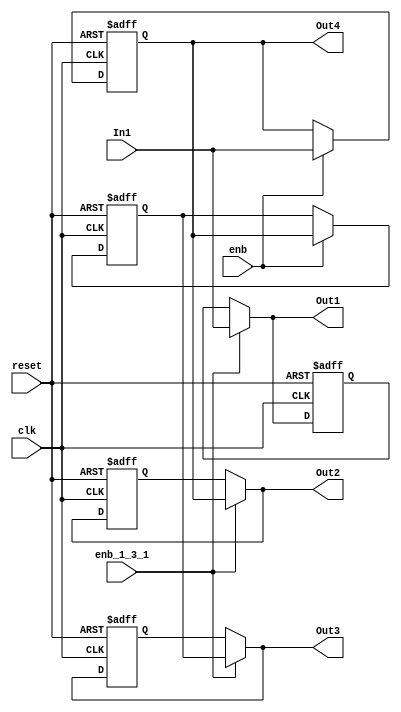
// -------------------------------------------------------------
// 
// 
// Generated by MATLAB 9.14 and HDL Coder 4.1
// 
// -------------------------------------------------------------


// -------------------------------------------------------------
// 
// Module: Z1toZ3_2
// Source Path: FP_sub/fp model/Z1toZ3_2
// Hierarchy Level: 1
// 
// -------------------------------------------------------------

`timescale 1 ns / 1 ns

module Z1toZ3_2
          (clk,
           reset,
           enb,
           enb_1_3_1,
           In1,
           Out1,
           Out2,
           Out3,
           Out4);


  input   clk;
  input   reset;
  input   enb;
  input   enb_1_3_1;
  input   signed [10:0] In1;  // sfix11_En3
  output  signed [10:0] Out1;  // sfix11_En3
  output  signed [10:0] Out2;  // sfix11_En3
  output  signed [10:0] Out3;  // sfix11_En3
  output  signed [10:0] Out4;  // sfix11_En3


  reg signed [10:0] RT1_bypass_reg;  // sfix11
  wire signed [10:0] RT1_out1;  // sfix11_En3
  reg signed [10:0] Delay1_out1;  // sfix11_En3
  reg signed [10:0] RT2_bypass_reg;  // sfix11
  wire signed [10:0] RT2_out1;  // sfix11_En3
  reg signed [10:0] Delay2_out1;  // sfix11_En3
  reg signed [10:0] RT3_bypass_reg;  // sfix11
  wire signed [10:0] RT3_out1;  // sfix11_En3


  always @(posedge clk or posedge reset)
    begin : RT1_bypass_process
      if (reset == 1'b1) begin
        RT1_bypass_reg <= 11'sb00000000000;
      end
      else begin
        if (enb_1_3_1) begin
          RT1_bypass_reg <= In1;
        end
      end
    end

  assign RT1_out1 = (enb_1_3_1 == 1'b1 ? In1 :
              RT1_bypass_reg);



  assign Out1 = RT1_out1;

  always @(posedge clk or posedge reset)
    begin : Delay1_process
      if (reset == 1'b1) begin
        Delay1_out1 <= 11'sb00000000000;
      end
      else begin
        if (enb) begin
          Delay1_out1 <= In1;
        end
      end
    end



  always @(posedge clk or posedge reset)
    begin : RT2_bypass_process
      if (reset == 1'b1) begin
        RT2_bypass_reg <= 11'sb00000000000;
      end
      else begin
        if (enb_1_3_1) begin
          RT2_bypass_reg <= Delay1_out1;
        end
      end
    end

  assign RT2_out1 = (enb_1_3_1 == 1'b1 ? Delay1_out1 :
              RT2_bypass_reg);



  assign Out2 = RT2_out1;

  always @(posedge clk or posedge reset)
    begin : Delay2_process
      if (reset == 1'b1) begin
        Delay2_out1 <= 11'sb00000000000;
      end
      else begin
        if (enb) begin
          Delay2_out1 <= Delay1_out1;
        end
      end
    end



  always @(posedge clk or posedge reset)
    begin : RT3_bypass_process
      if (reset == 1'b1) begin
        RT3_bypass_reg <= 11'sb00000000000;
      end
      else begin
        if (enb_1_3_1) begin
          RT3_bypass_reg <= Delay2_out1;
        end
      end
    end

  assign RT3_out1 = (enb_1_3_1 == 1'b1 ? Delay2_out1 :
              RT3_bypass_reg);



  assign Out3 = RT3_out1;

  assign Out4 = Delay1_out1;

endmodule  // Z1toZ3_2